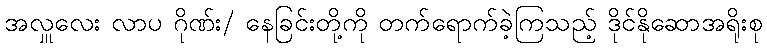
အလှူလေး လာပ ဂိုဏ်း/ နေခြင်းတို့ကို တက်ရောက်ခဲ့ကြသည့် ဒိုင်နိုဆောအရိုးစု